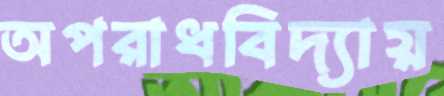
অপরাধবিদ্যায়